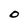
Character: O